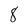
Character: 8